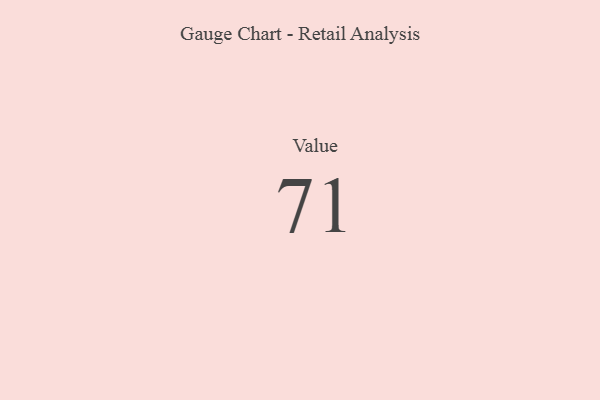
{"axis": {"x": "Metric", "y": "Value"}, "legend": [""], "data": [{"x": "Value", "y": 71, "type": ""}]}